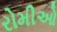
રોમીઓ